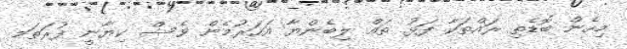
މިހެން ބޮޑެތި ރައްތަކާ ފަޅު ތައް ލިބެންޔާ އަހަރުމެން ވެސް ކިޔާނީ ފުރަތަމ